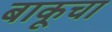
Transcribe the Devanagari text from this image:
बाकूचा